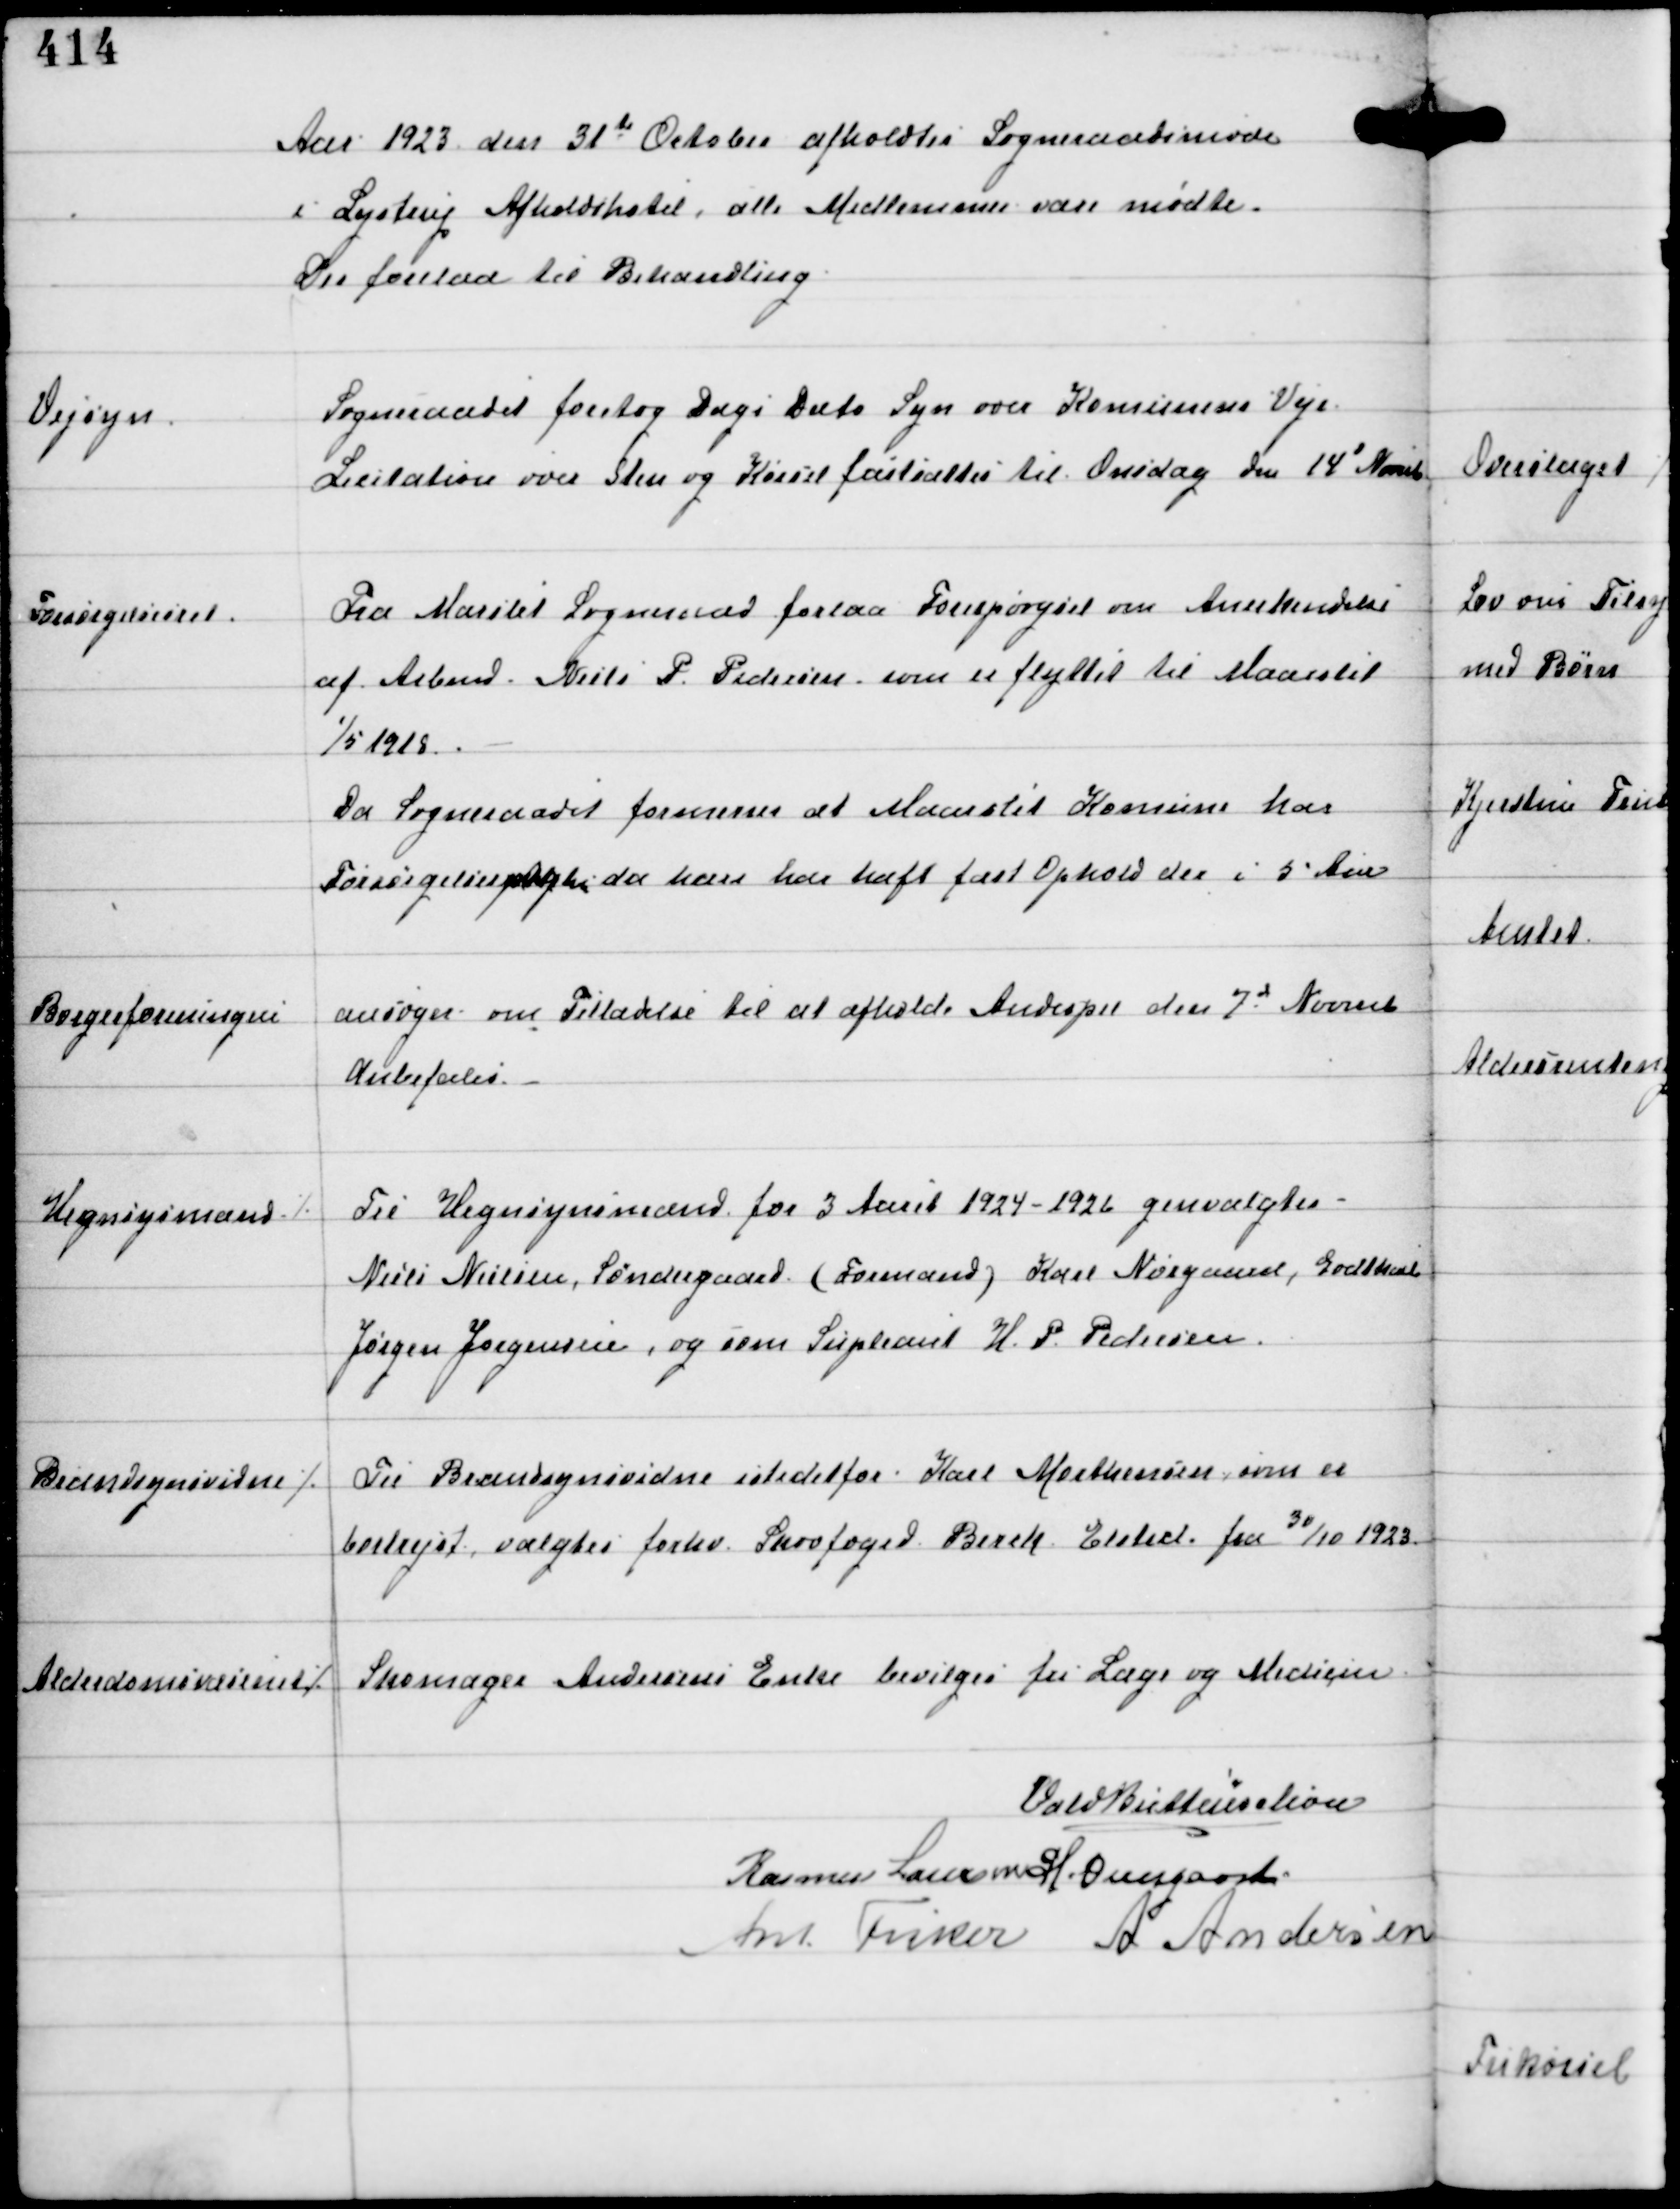
Transskription:
Aar 1923 den 31te October afholdtes Sogneraadsmøde
i Lystrup Afholdshotel, alle Medlemmer vare mødte.
Der forelaa til Behandling.

Vejsyn

Sogneraadet foretog Dags Dato Syn over Komunens Veje.
Licitation over Sten og Kørsel fastsattes til Onsdag den 14' Novbr

Forsørgelsesret.

Fra Maarslet Sogneraad forelaa Forespørgsel om Anerkendelse
af Arbmd Niels P. Pedersen, som er flyttet til Maarslet
1/5 1918.
Da Sogneraadet formener at Maarslet Komune har
Forsørgelsespligten da han har haft fast Ophold der i 5 Aar

Borgerforeningen

ansøger om Tilladelse til at afholde Andespil den 7d Novemb
Anbefales.

Hegnsynmænd

⁒ Til Hegnsynsmænd for 3 Aaret 1924-1926 genvalgtes
Niels Nielsen, Søndergaard (Formand) Karl Nørgaard, Godthaab
Jørgen Jørgensen og som Supleant H.P. Pedersen.

Brandsynsvidne

⁒ Til Brandsynsvidne istedetfor Karl Morthensen, som er 
bortrejst, valgtes forhv Skovfoged Berek Elsted fra 30/10 1923

Alderdomsvæsenet

⁒ Skomager Andersens Enke bevilges for Læge og Medicin

Vald Buttenschøn
Rasmus Laursen H. Overgaard
Ant Fisker A Andersen